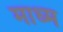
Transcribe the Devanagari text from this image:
माध्म